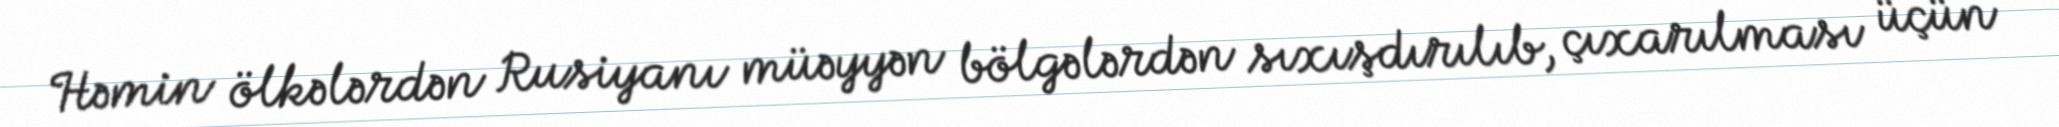
Həmin ölkələrdən Rusiyanı müəyyən bölgələrdən sıxışdırılıb, çıxarılması üçün